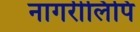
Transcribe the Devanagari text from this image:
नागरीलिपि